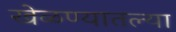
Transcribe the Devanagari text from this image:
खेळण्यातल्या